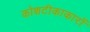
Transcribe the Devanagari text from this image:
कोशटीकाकारों